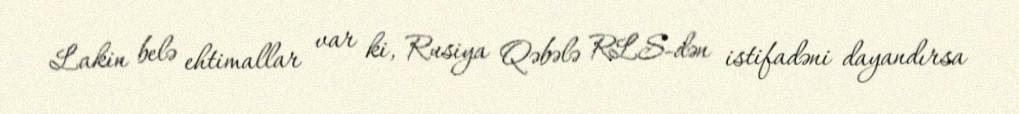
Lakin belə ehtimallar var ki, Rusiya Qəbələ RLS-dən istifadəni dayandırsa